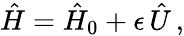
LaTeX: \hat{H}=\hat{H}_{0}+\epsilon\, \hat{U}\, ,